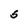
Character: S